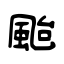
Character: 颱